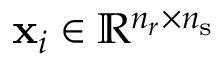
\mathbf { x } _ { i } \in \mathbb { R } ^ { n _ { r } \times n _ { \mathrm { s } } }